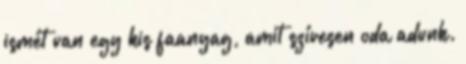
ismét van egy kis faanyag, amit szívesen oda adunk.